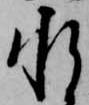
承